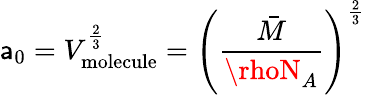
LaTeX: \mathsf{a}_{0}=V_{\mathrm{{molecule}}}^{\frac{{2}}{{3}}}=\left({\frac{{\bar{{M}}}}{{\rhoN_{A}}}}\right)^{\frac{{2}}{{3}}}